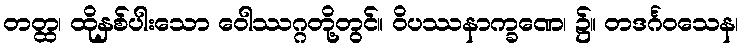
တတ္ထ၊ ထိုနှစ်ပါးသော ဝေါဿဂ္ဂတို့တွင်။ ဝိပဿနာက္ခဏေ၊ ၌။ တဒင်္ဂဝသေန၊